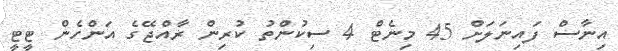
އިނާސް ފައިނަލަށް 45 މިނެޓް 4 ސިކުންތު ކުރިން ރާއްޖޭގެ އަންހެން ޓީޓީ